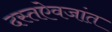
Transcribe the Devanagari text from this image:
दस्तऐवजांत